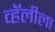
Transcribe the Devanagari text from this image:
व्हॅलीला